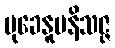
မုခေနူပနိသဇ္ဇ